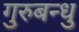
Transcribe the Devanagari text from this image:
गुरुबन्‍धु